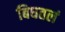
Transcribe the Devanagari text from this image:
बिघतलं